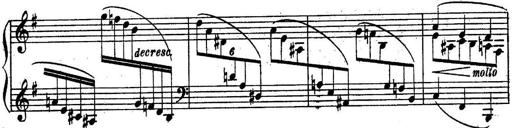
Title: Sonatine
Composer: Adrian Shaposhnikov
Key: E minor